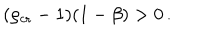
LaTeX: ( \rho _ { \mathrm { c r } } - 1 ) ( 1 - \beta ) > 0 \, .